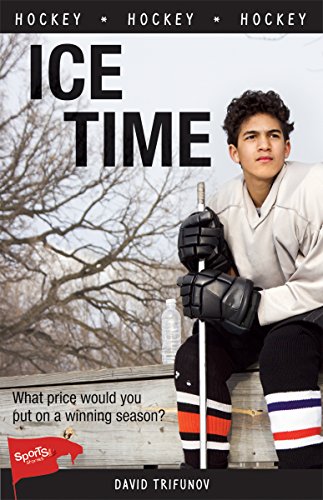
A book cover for Ice Time (Lorimer Sports Stories); David Trifunov; Children's Books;